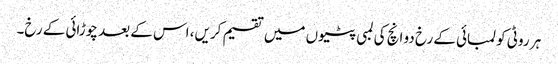
ہر روٹی کو لمبائی کے رخ دو انچ کی لمبی پٹیوں میں تقسیم کریں، اس کے بعد چوڑائی کے رخ۔